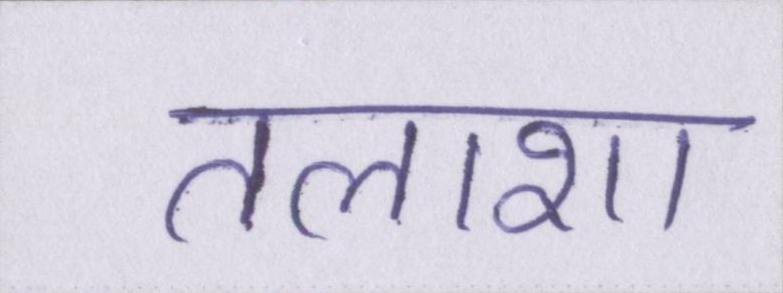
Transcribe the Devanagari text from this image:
तलाशा